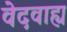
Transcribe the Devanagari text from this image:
वेदवाह्य